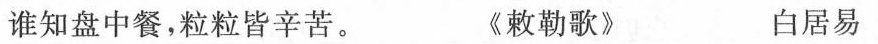
谁知盘中餐，粒粒皆辛苦。 《敕勒歌》 白居易